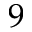
9